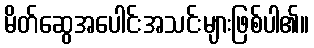
မိတ်ဆွေအပေါင်းအသင်းများဖြစ်ပါ၏။